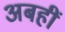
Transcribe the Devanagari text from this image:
अबहीं